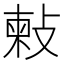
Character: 㪝